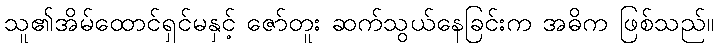
သူ၏အိမ်ထောင်ရှင်မနှင့် ဇော်တူး ဆက်သွယ်နေခြင်းက အဓိက ဖြစ်သည်။